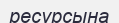
ресурсына